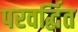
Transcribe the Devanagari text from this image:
परवर्द्धित